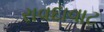
રાવદાવાટ